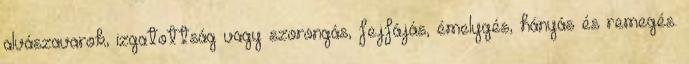
alvászavarok, izgatottság vagy szorongás, fejfájás, émelygés, hányás és remegés.